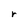
Character: r